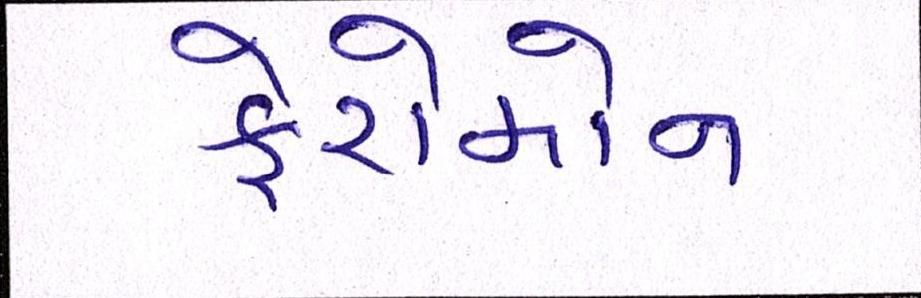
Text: ફેરોમોન